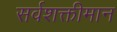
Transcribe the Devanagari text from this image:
सर्वशक्तीमान